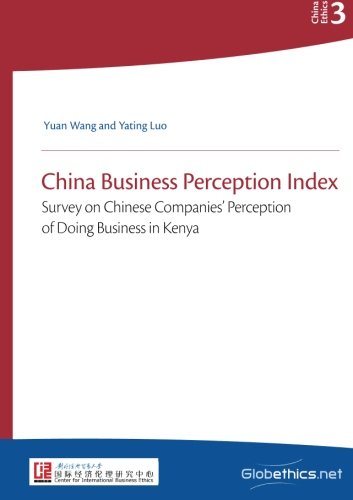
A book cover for China Business Perception Index: Survey on Chinese Companies' Perception of Doing Business in Kenya (Globethics China Ethics) (Volume 3); Yuan Wang; Business & Money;